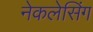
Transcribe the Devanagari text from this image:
नेकलेसिंग